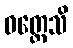
ဝတ္တေသိ